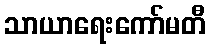
သာယာရေးကော်မတီ